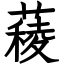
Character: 薐